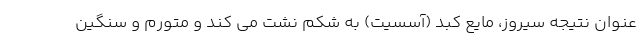
عنوان نتیجه سیروز، مایع کبد (آسسیت) به شکم نشت می کند و متورم و سنگین